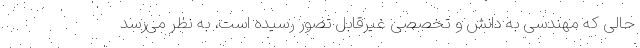
حالی که مهندسی به دانش و تخصصی غیرقابل تصور رسیده است، به نظر می‌رسد